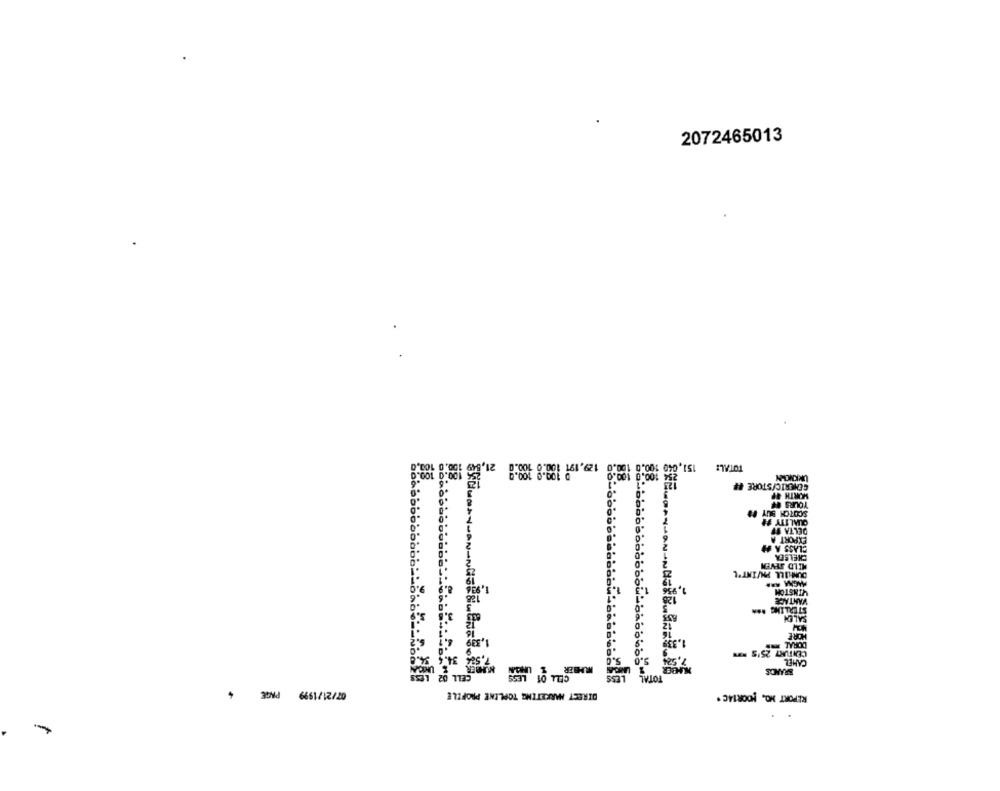
2072465013
21,
129.199 180:8 188:8
die 108:8 199:8
TOTAL:
UNKNOWN
GENERIC/STORE #
WORTH AP
YOURS FF
SCOTCH BUY #
QUALITY #
DELTA FF
EXPORT A
CLASS A
CHELSEA
MILD SEVEN
DUNHILL PM/INT'L
MAGMA AAL
1,95
WINSTON
VANTAGE
SALEN
HORE
DORAL-
CENTURY 25'5 **
CAMEL
BRANDE
07/21/1999 PAGE 4
DIRECT MARKETING TOPLINE PROFILE
REPORT HO, HOOR14C.